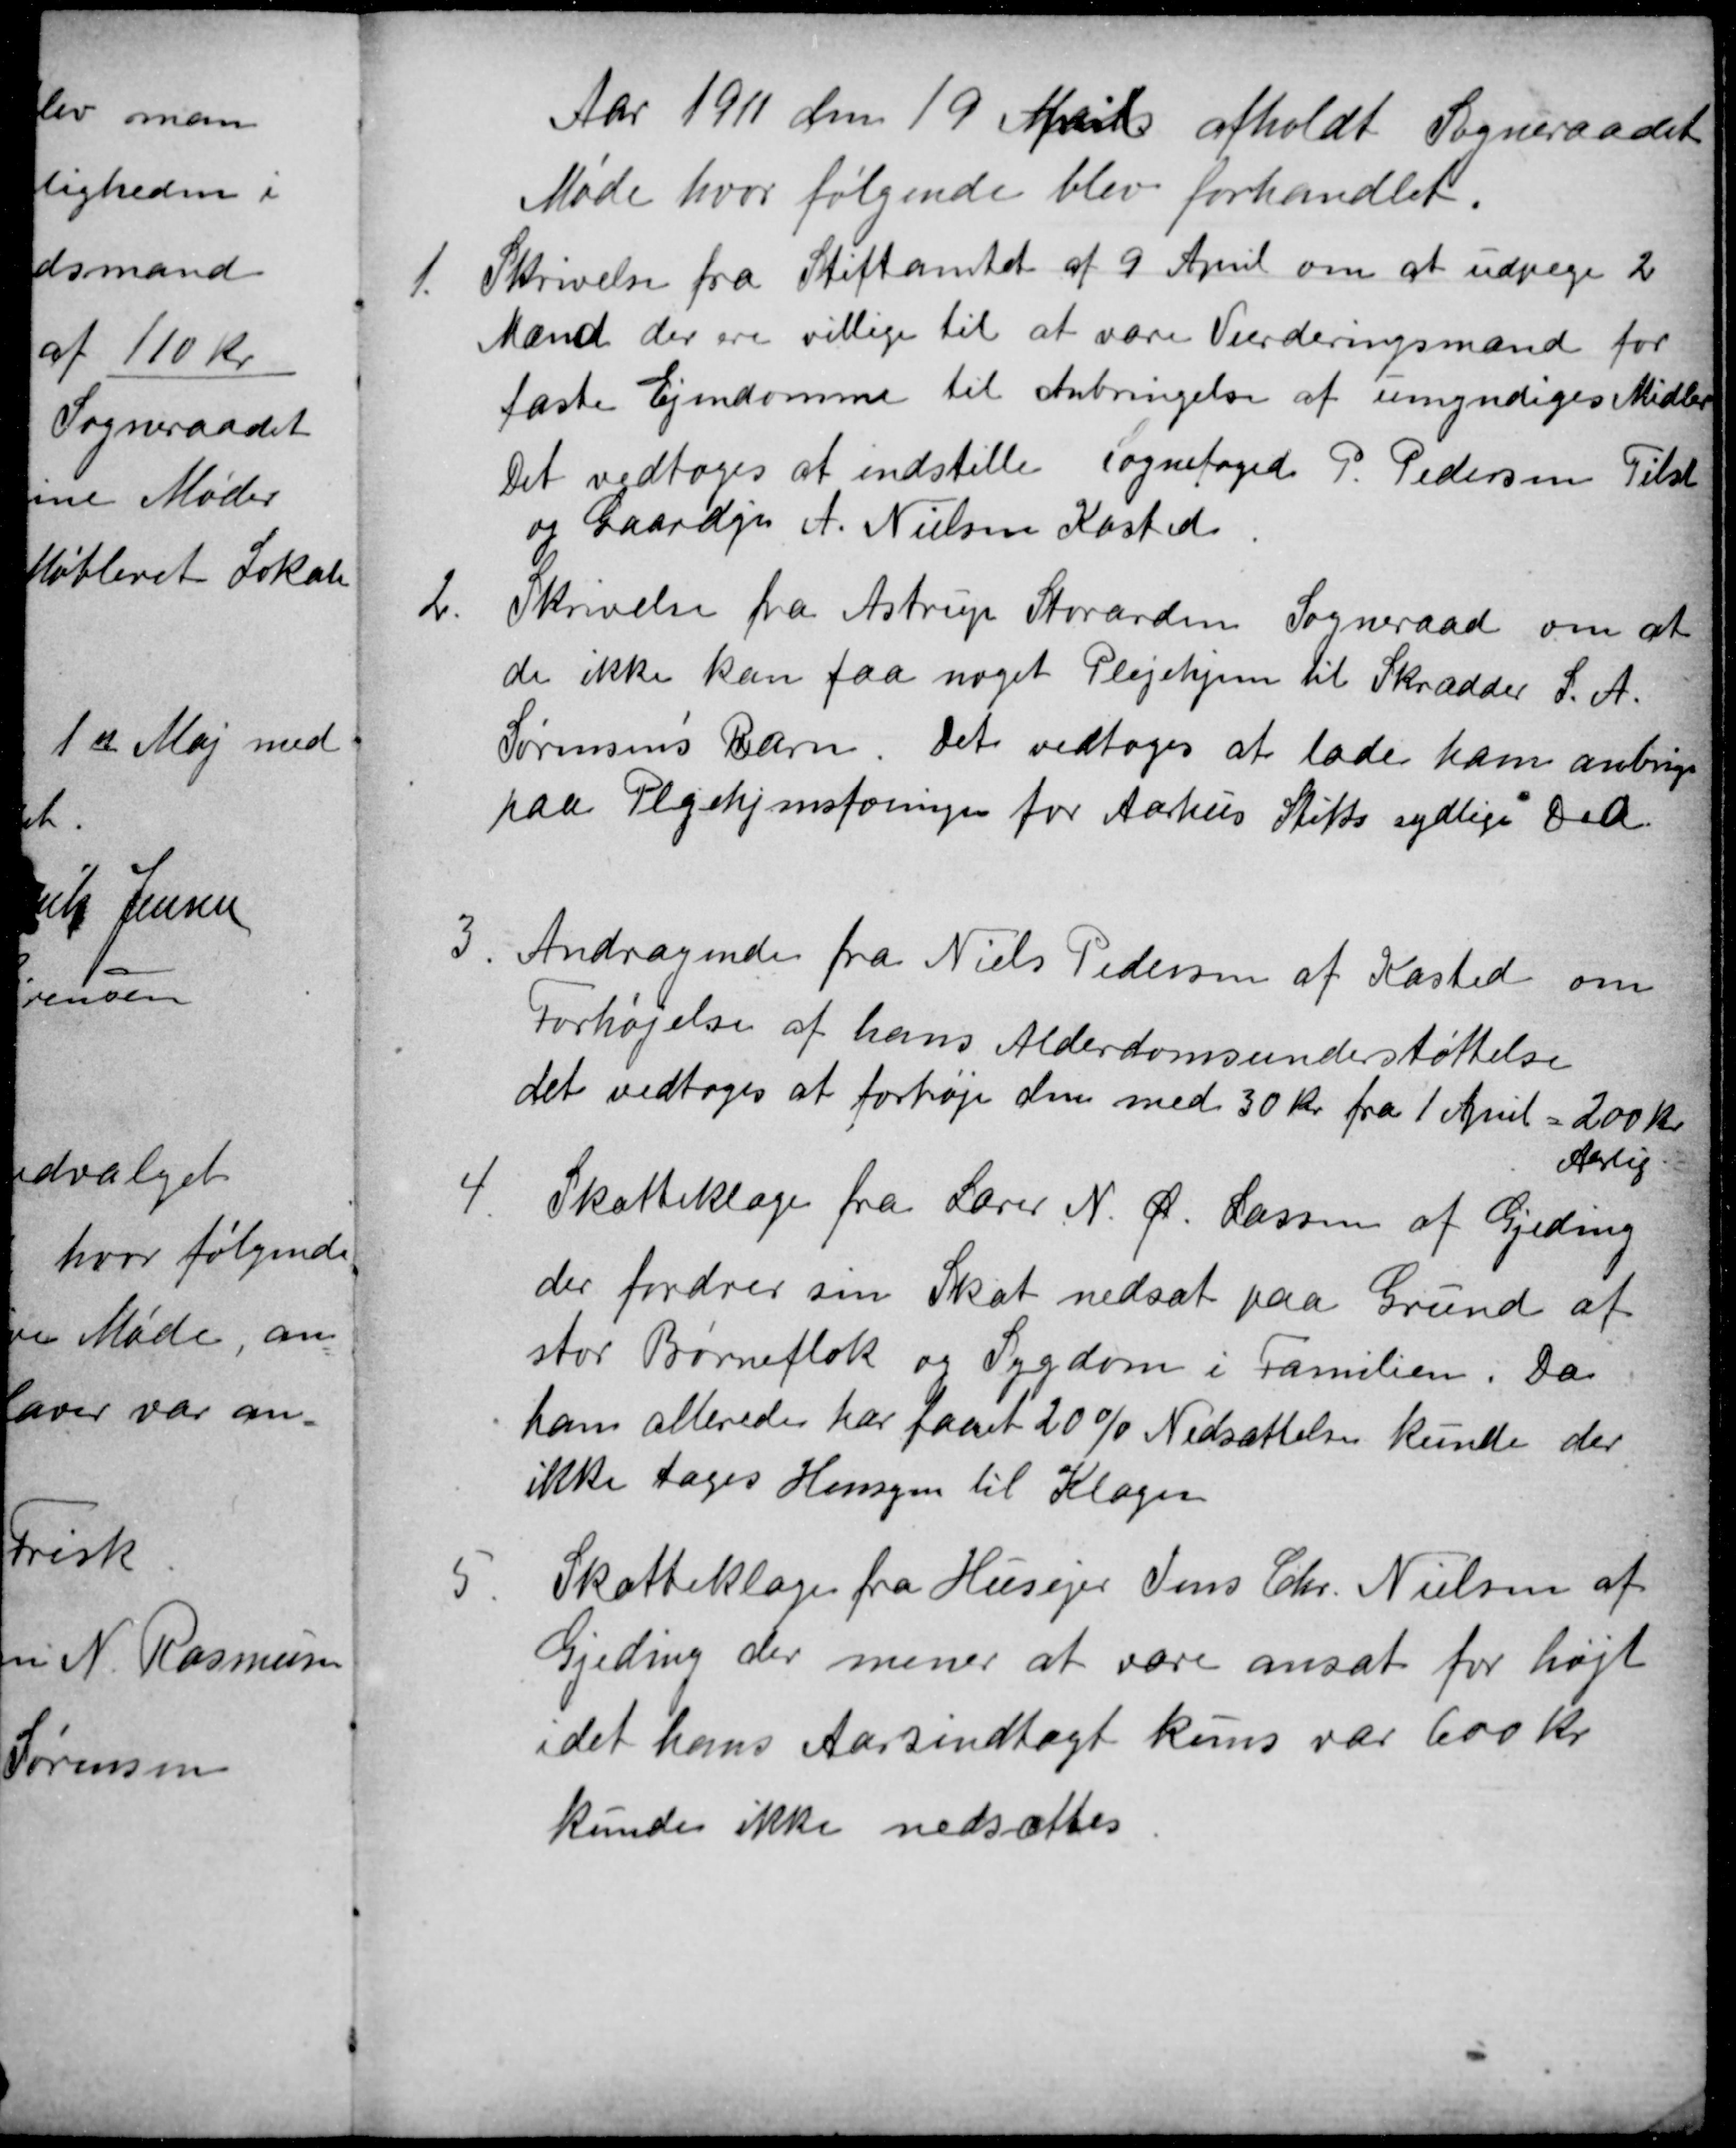
Transskription:
Aar 1911 den 19 April afholdt Sogneraadet
Møde hvor følgende blev forhandlet.
1.
Skrivelse fra Stiftamtet af 9 April om at udpege 2
Mænd der ere villige til at være Vurderingsmænd for
faste Ejendomme til Anbringelse af umyndiges Midler
Det vedtoges at indstille Sognefoged P. Pedersen Tilst
og Gaardejr A. Nielsen Kasted
2.
Skrivelse fra Astrup Storarden Sogneraad om at
de ikke kan faa noget Plejehjem til Skrædder S. A.
Sørensen's Barn. Det vedtoges at lade ham anbringe
paa Plejehjemsforingen for Aarhus Stifts sydlige Del.
3
Andragende fra Niels Pedersen af Kasted om
Forhøjelse af hans Alderdomsunderstøttelse
det vedtoges at forhøje den med 30 Kr fra 1 April = 200 Kr
Aarlig.
4.
Skatteklage fra Lærer N. Ø. Lassen af Gjeding
der fordrer sin Skat nedsat paa Grund af
stor Børneflok og Sygdom i Familien. Da
han allerede har faaet 20% Nedsættelse kunde der
ikke tages Hensyn til Klagen
5.
Skatteklage fra Husejer Jens Chr. Nielsen af
Gjeding der mener at være ansat for højt
idet hans Aarsindtægt kuns var 600 Kr
kunde ikke nedsættes.